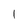
Character: 1